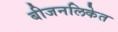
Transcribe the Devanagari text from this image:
बीजनलिकेत